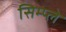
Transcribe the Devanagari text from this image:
सिम्प्ले